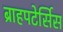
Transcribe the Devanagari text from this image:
ब्राहपटेर्सिस